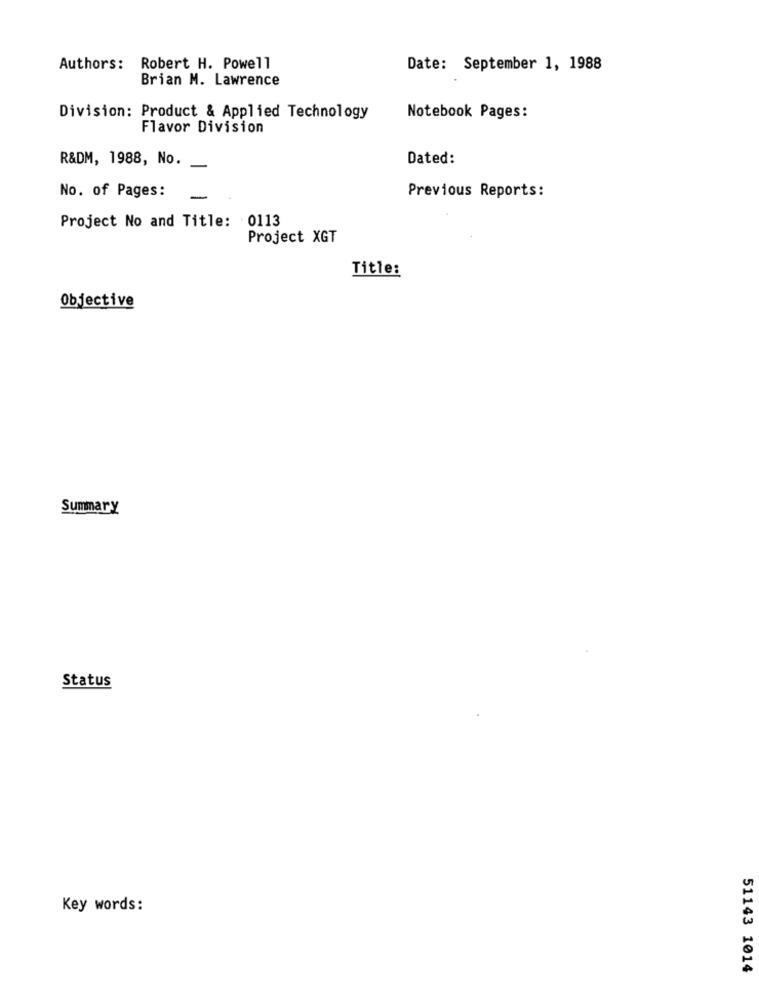
Authors: Robert H. Powell
Date: September 1, 1988
Brian M. Lawrence
Division: Product & Applied Technology
Notebook Pages:
Flavor Division
R&DM, 1988, No.
Dated:
No. of Pages:
-
Previous Reports:
Project No and Title: 0113
Project XGT
Title:
Objective
Summary
Status
Key words:
51143 1014